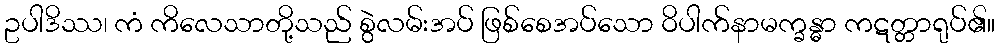
ဥပါဒိဿ၊ ကံ ကိလေသာတို့သည် စွဲလမ်းအပ် ဖြစ်စေအပ်သော ဝိပါက်နာမက္ခန္ဓာ ကဋတ္တာရုပ်၏။